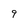
Character: 9